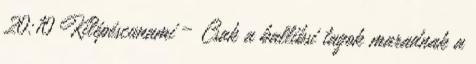
20:10 Kilépéscunami – Csak a ballibsi tagok maradnak a